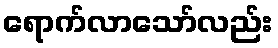
ရောက်လာသော်လည်း